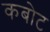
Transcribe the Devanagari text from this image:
कबोट